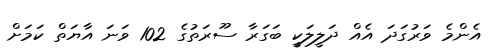
އެންމެ ވަރުގަދަ އެއް ދަލީލަކީ ބަގަރާ ސޫރަތުގެ 102 ވަނަ އާޔަތް ކަމަށް